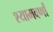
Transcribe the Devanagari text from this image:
श्यामवर्णां